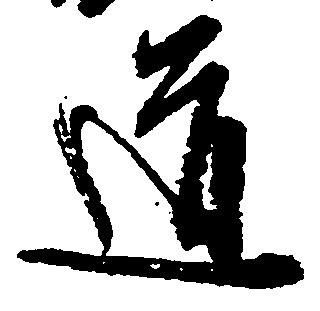
道